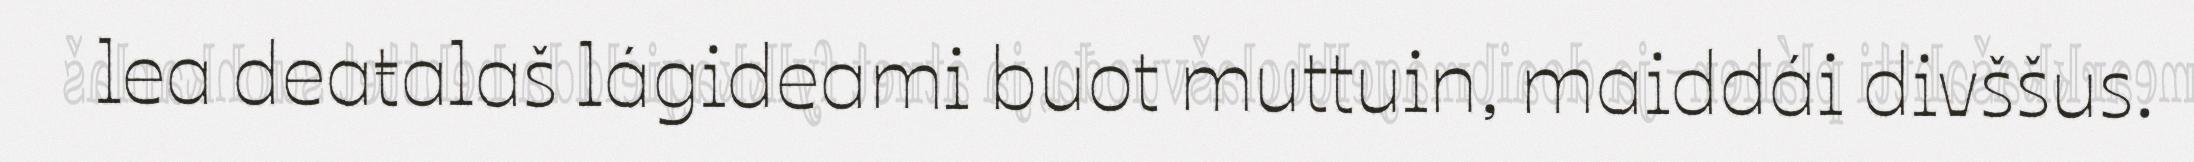
lea deaŧalaš lágideami buot muttuin, maiddái divššus.